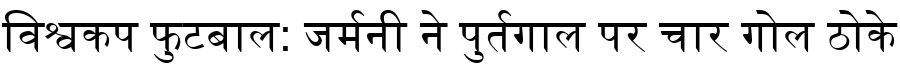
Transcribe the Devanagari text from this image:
विश्वकप फुटबाल: जर्मनी ने पुर्तगाल पर चार गोल ठोके